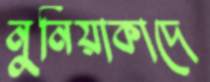
নুনিয়াকাদে